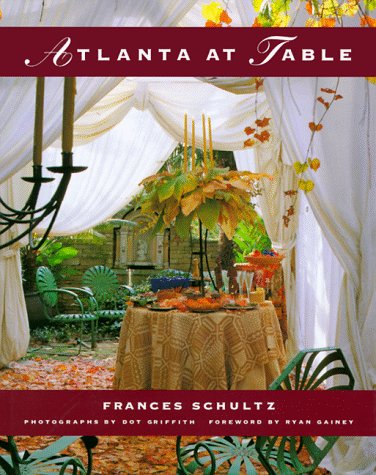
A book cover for Atlanta at Table; Frances Schultz; Travel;